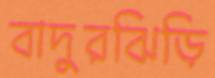
বাদুরঝিড়ি